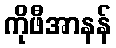
ကိုဖီအာနန်